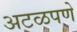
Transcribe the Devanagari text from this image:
अटळपणे